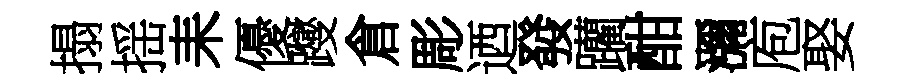
搨揺耒優躞倉彫迺發躪酣瀰庖娶